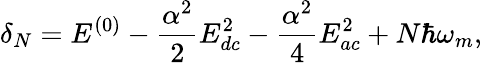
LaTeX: \delta_{N}=E^{(0)}-\frac{\alpha^{2}}{2}E_{dc}^{2}-\frac{\alpha^{2}}{4}E_{ac}^{2}+N\hbar\omega_{m},